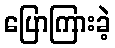
ပြောကြားခဲ့